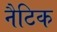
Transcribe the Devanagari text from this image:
नैटिक